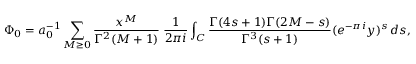
\Phi _ { 0 } = a _ { 0 } ^ { - 1 } \sum _ { M \geq 0 } \frac { x ^ { M } } { \Gamma ^ { 2 } ( M + 1 ) } \; \frac 1 { 2 \pi i } \int _ { C } \frac { \Gamma ( 4 s + 1 ) \Gamma ( 2 M - s ) } { \Gamma ^ { 3 } ( s + 1 ) } ( e ^ { - \pi i } y ) ^ { s } \, d s ,